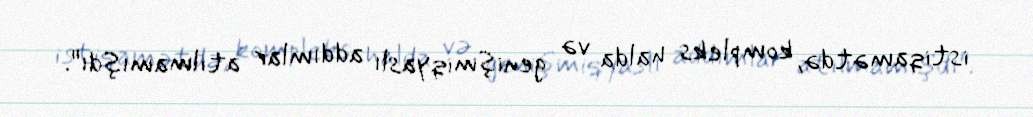
istiqamətdə, kompleks halda və genişmiqyaslı addımlar atılmamışdı".